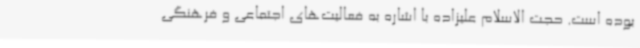
بوده است. حجت الاسلام علیزاده با اشاره به فعالیت‌های اجتماعی و فرهنگی